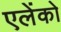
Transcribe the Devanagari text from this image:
एलेंको